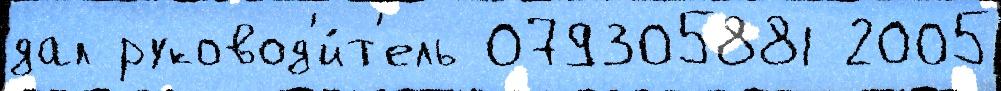
дал руковод'и́т'ель 079305881 2005